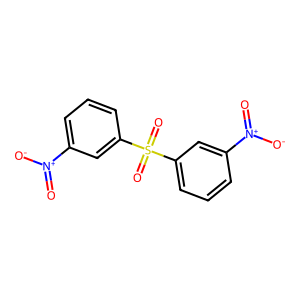
SMILES: O=[N+]([O-])c1cccc(S(=O)(=O)c2cccc([N+](=O)[O-])c2)c1
Inhibits HIV replication: No